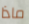
ماذا